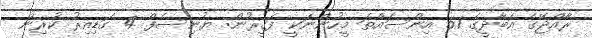
ރާއްޖޭގެ އަބާދީގެ 51 އިންސައްތަ މީހުންނަކީ ފަގީރުން: ޔުނިސެފް 4 ގަޑިއިރު ކުރިން